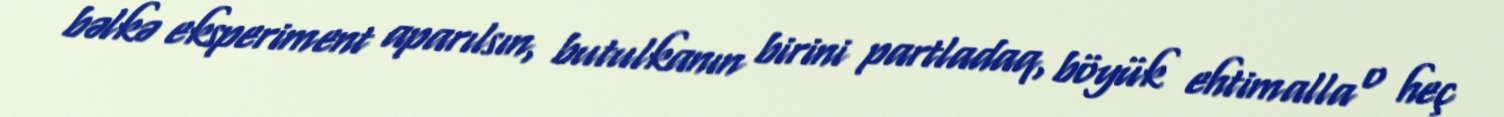
bəlkə eksperiment aparılsın, butulkanın birini partladaq, böyük ehtimalla o heç